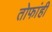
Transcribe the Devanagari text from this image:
तोफांही